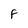
Character: F